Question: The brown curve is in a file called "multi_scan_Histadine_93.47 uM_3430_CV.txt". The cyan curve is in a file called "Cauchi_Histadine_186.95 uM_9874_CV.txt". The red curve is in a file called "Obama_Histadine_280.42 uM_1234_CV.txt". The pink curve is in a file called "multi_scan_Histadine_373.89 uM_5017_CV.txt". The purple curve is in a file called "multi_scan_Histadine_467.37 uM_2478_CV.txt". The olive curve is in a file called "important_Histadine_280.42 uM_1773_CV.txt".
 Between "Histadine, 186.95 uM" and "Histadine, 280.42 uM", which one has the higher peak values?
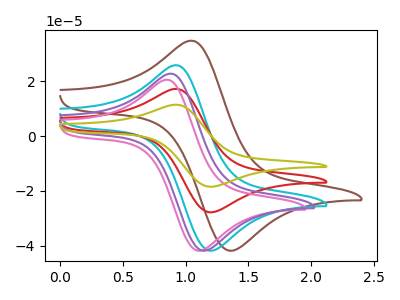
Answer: <think>The brown curve "Histadine, 93.47 uM" has an anodic peak at (1.05V, 34.60uA) and a cathodic peak at (1.35V, -41.90uA). The cyan curve "Histadine, 186.95 uM" has an anodic peak at (0.95V, 25.70uA) and a cathodic peak at (1.20V, -41.90uA). The red curve "Histadine, 280.42 uM" has an anodic peak at (0.95V, 17.10uA) and a cathodic peak at (1.20V, -27.85uA). The pink curve "Histadine, 373.89 uM" has an anodic peak at (0.85V, 20.40uA) and a cathodic peak at (1.10V, -41.90uA). The purple curve "Histadine, 467.37 uM" has an anodic peak at (0.90V, 22.60uA) and a cathodic peak at (1.15V, -41.90uA). The olive curve "Histadine, 280.42 uM" has an anodic peak at (0.95V, 34.15uA) and a cathodic peak at (1.20V, -55.70uA).</think>
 <answer>Every peak in "Histadine, 186.95 uM" is higher than every peak in "Histadine, 280.42 uM".</answer>
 <eval>higher</eval>